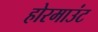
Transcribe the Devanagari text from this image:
होरमाउंट